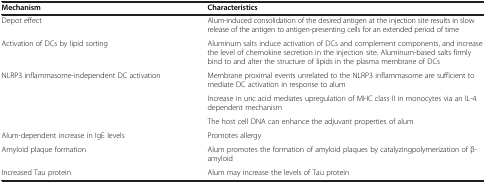
<table><thead><tr><td><b>Mechanism</b></td><td><b>Characteristics</b></td></tr></thead><tbody><tr><td>Depot effect</td><td>Alum-induced consolidation of the desired antigen at the injection site results in slow release of the antigen to antigen-presenting cells for an extended period of time</td></tr><tr><td>Activation of DCs by lipid sorting</td><td>Aluminum salts induce activation of DCs and complement components, and increase the level of chemokine secretion in the injection site. Aluminum-based salts firmly bind to and alter the structure of lipids in the plasma membrane of DCs</td></tr><tr><td>NLRP3 inflammasome-independent DC activation</td><td>Membrane proximal events unrelated to the NLRP3 inflammasome are sufficient to mediate DC activation in response to alum</td></tr><tr><td>[EMPTY_CELL]</td><td>Increase in uric acid mediates upregulation of MHC class II in monocytes via an IL-4 dependent mechanism</td></tr><tr><td>[EMPTY_CELL]</td><td>The host cell DNA can enhance the adjuvant properties of alum</td></tr><tr><td>Alum-dependent increase in IgE levels</td><td>Promotes allergy</td></tr><tr><td>Amyloid plaque formation</td><td>Alum promotes the formation of amyloid plaques by catalyzingpolymerization of β-amyloid</td></tr><tr><td>Increased Tau protein</td><td>Alum may increase the levels of Tau protein</td></tr></tbody></table>